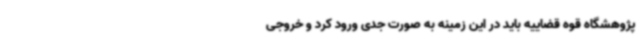
پژوهشگاه قوه قضاییه باید در این زمینه به صورت جدی ورود کرد و خروجی